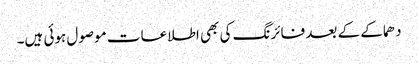
دھماکے کے بعد فائرنگ کی بھی اطلاعات موصول ہوئی ہیں۔